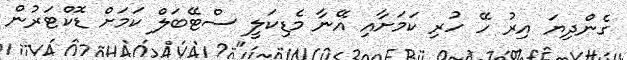
ގެންދިޔަ އިރު ހޭ ހުރި ކަމަށާއި އޭނާ މެޑިކަލީ ސްޓޭބަލް ކަމަށް ޑޮކްޓަރުން